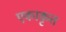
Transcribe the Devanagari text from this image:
एकाकृत